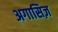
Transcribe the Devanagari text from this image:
अगासिज़